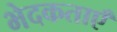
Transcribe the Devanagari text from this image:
भेदकताएँ